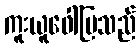
ကူးယူဖေါ်ပြသည်